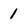
Character: 1